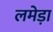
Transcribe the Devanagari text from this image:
लमेड़ा